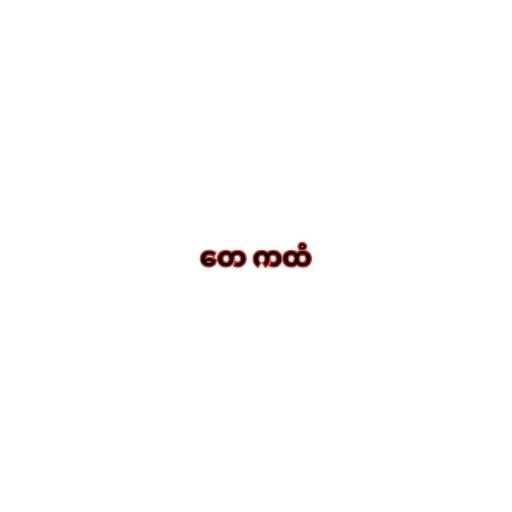
တေ ကထံ